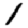
Digit: 1